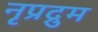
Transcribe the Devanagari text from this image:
नृप्रद्रुम